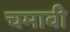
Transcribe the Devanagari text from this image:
चमावी